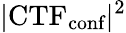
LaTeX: |\textrm{CTF}_{\textrm{conf}}|^{2}